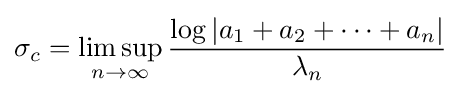
\sigma _{c}=\limsup _{n\to \infty }{\frac {\log |a_{1}+a_{2}+\cdots +a_{n}|}{\lambda _{n}}}